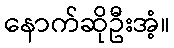
နောက်ဆိုဦးအံ့။